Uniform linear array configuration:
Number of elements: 64
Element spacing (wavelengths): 0.75
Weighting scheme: uniform
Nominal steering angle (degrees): -15
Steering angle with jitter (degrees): -16.419
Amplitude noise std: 0.05
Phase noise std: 0.05

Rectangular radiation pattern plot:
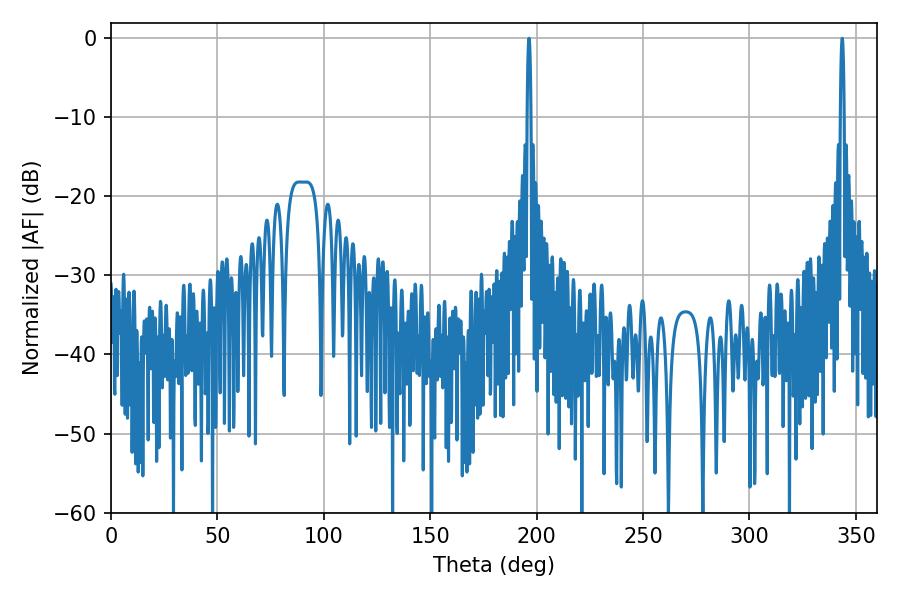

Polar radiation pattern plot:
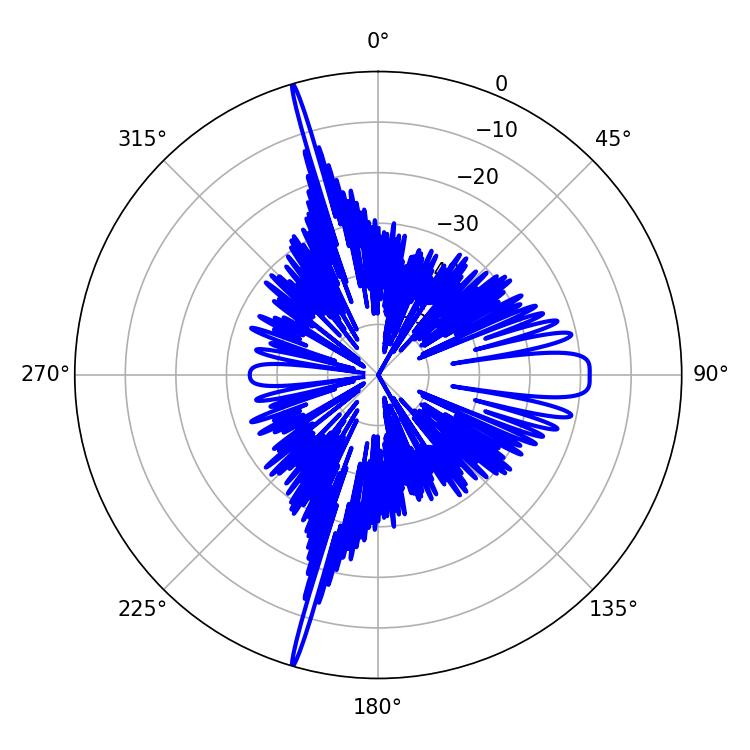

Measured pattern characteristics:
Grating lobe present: TRUE
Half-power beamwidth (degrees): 0.9
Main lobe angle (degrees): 196.38